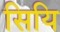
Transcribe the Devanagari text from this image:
सियि